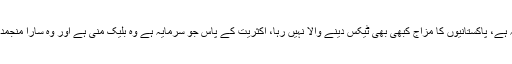
ایک بہت اہم مسئلہ ہے، پاکستانیوں کا مزاج کبھی بھی ٹیکس دینے والا نہیں رہا، اکثریت کے پاس جو سرمایہ ہے وہ بلیک منی ہے اور وہ سارا منجمد ہو کر رہ گیا ہے۔